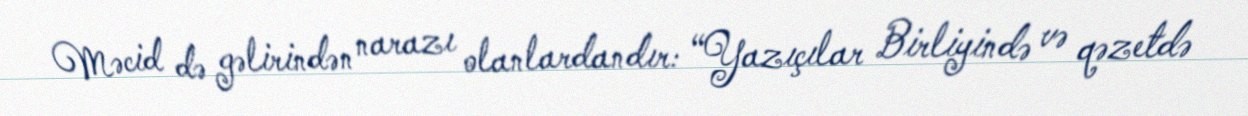
Məcid də gəlirindən narazı olanlardandır: “Yazıçılar Birliyində və qəzetdə